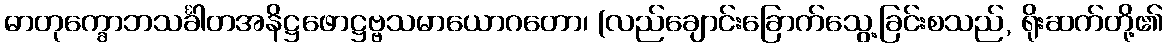
ဓာတုက္ခောဘသင်္ခါတအနိဋ္ဌဖောဋ္ဌဗ္ဗသမာယောဂတော၊ (လည်ချောင်းခြောက်သွေ့ခြင်းစသည်, ရိုးဆက်တို့၏